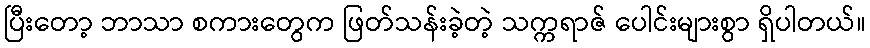
ပြီးတော့ ဘာသာ စကားတွေက ဖြတ်သန်းခဲ့တဲ့ သက္ကရာဇ် ပေါင်းများစွာ ရှိပါတယ်။